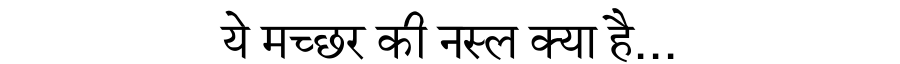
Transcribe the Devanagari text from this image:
ये मच्छर की नस्ल क्या है...